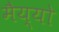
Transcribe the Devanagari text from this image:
मैय्यो